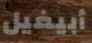
أبيغيل